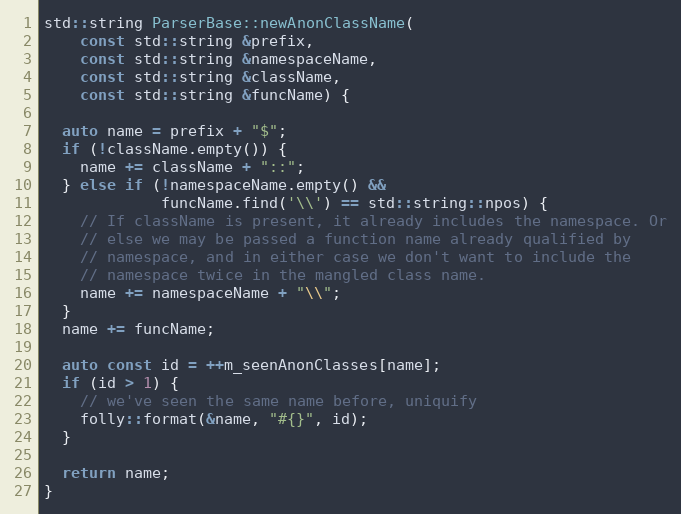
Language: C++
std::string ParserBase::newAnonClassName(
    const std::string &prefix,
    const std::string &namespaceName,
    const std::string &className,
    const std::string &funcName) {

  auto name = prefix + "$";
  if (!className.empty()) {
    name += className + "::";
  } else if (!namespaceName.empty() &&
             funcName.find('\\') == std::string::npos) {
    // If className is present, it already includes the namespace. Or
    // else we may be passed a function name already qualified by
    // namespace, and in either case we don't want to include the
    // namespace twice in the mangled class name.
    name += namespaceName + "\\";
  }
  name += funcName;

  auto const id = ++m_seenAnonClasses[name];
  if (id > 1) {
    // we've seen the same name before, uniquify
    folly::format(&name, "#{}", id);
  }

  return name;
}